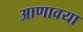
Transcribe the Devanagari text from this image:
आणावया